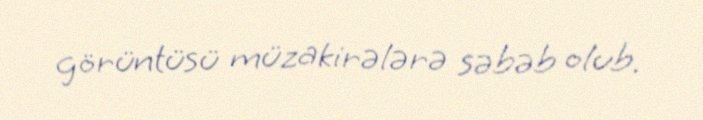
görüntüsü müzakirələrə səbəb olub.